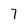
Character: 7